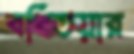
বখিতয়ার